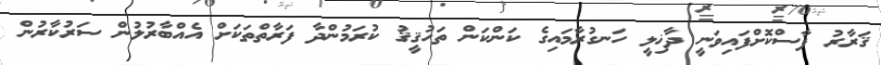
ޤަރާރު ފާސްކޮށްފައިވަނީ ދާޚިލީ ހަނގުރާމައިގެ ކަންކަން ތަހުޤީޤު ކުރަމުންދާ ފަރާތްތަކަށް އެއްބާރުލުން ސަރުކާރުން